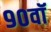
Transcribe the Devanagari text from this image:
९०वॉ